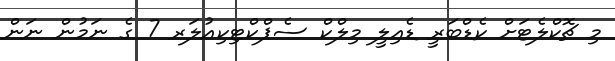
މި ޗޮކްލެޓަށް ކެޑްބަރީ ޑެއިލީ މިލްކް ސެޕްކްޓިކިއުލަރ 7 ގެ ނަމުން ނަން